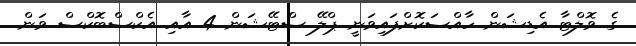
ގެ ވޮލްޓާ އެޑިޝަން ހާއްސަކޮށްފައިވަނީ ޕްލޭ ސްޓޭޝަން 4 އާއި އެކްސްބޮކްސް ވަން